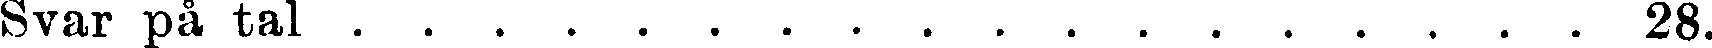
Svar på tal 28.